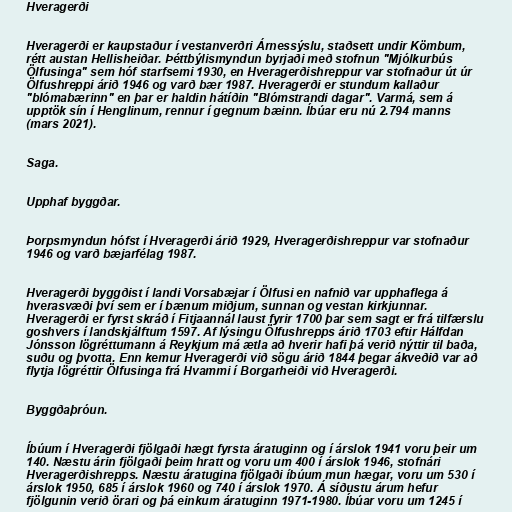
Hveragerði

Hveragerði er kaupstaður í vestanverðri Árnessýslu, staðsett undir Kömbum,
rétt austan Hellisheiðar. Þéttbýlismyndun byrjaði með stofnun "Mjólkurbús
Ölfusinga" sem hóf starfsemi 1930, en Hveragerðishreppur var stofnaður út úr
Ölfushreppi árið 1946 og varð bær 1987. Hveragerði er stundum kallaður
"blómabærinn" en þar er haldin hátíðin "Blómstrandi dagar". Varmá, sem á
upptök sín í Henglinum, rennur í gegnum bæinn. Íbúar eru nú 2.794 manns
(mars 2021).

Saga.

Upphaf byggðar.

Þorpsmyndun hófst í Hveragerði árið 1929, Hveragerðishreppur var stofnaður
1946 og varð bæjarfélag 1987.

Hveragerði byggðist í landi Vorsabæjar í Ölfusi en nafnið var upphaflega á
hverasvæði því sem er í bænum miðjum, sunnan og vestan kirkjunnar.
Hveragerði er fyrst skráð í Fitjaannál laust fyrir 1700 þar sem sagt er frá tilfærslu
goshvers í landskjálftum 1597. Af lýsingu Ölfushrepps árið 1703 eftir Hálfdan
Jónsson lögréttumann á Reykjum má ætla að hverir hafi þá verið nýttir til baða,
suðu og þvotta. Enn kemur Hveragerði við sögu árið 1844 þegar ákveðið var að
flytja lögréttir Ölfusinga frá Hvammi í Borgarheiði við Hveragerði.

Byggðaþróun.

Íbúum í Hveragerði fjölgaði hægt fyrsta áratuginn og í árslok 1941 voru þeir um
140. Næstu árin fjölgaði þeim hratt og voru um 400 í árslok 1946, stofnári
Hveragerðishrepps. Næstu áratugina fjölgaði íbúum mun hægar, voru um 530 í
árslok 1950, 685 í árslok 1960 og 740 í árslok 1970. Á síðustu árum hefur
fjölgunin verið örari og þá einkum áratuginn 1971-1980. Íbúar voru um 1245 í